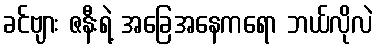
ခင်ဗျား ဇနီးရဲ့ အခြေအနေကရော ဘယ်လိုလဲ